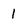
Character: 1